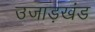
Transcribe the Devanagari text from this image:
उजाड़खंड